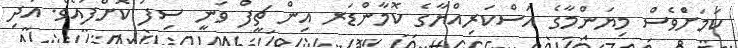
ކަމަށްެވެސް މިޔަންމާގެ އަސްކަރިއްޔާގެ ކޮމާންޑަރ އިން ޗީފް ވަނީ ސިފަ ކޮށްފައެވެ. އަދި